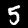
Digit: 5